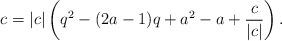
LaTeX: \begin{align*}c=|c|\left( q^2-(2a-1) q+ a^2-a+ \frac{c}{|c|}\right). \end{align*}